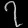
Digit: ၇